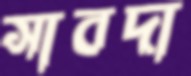
সাবদা